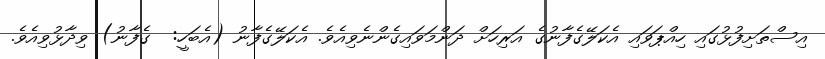
އިސްތަށިފުޅުގައި ހިއްޕަވައި އެކަލޭގެފާނުގެ އަރިހަށް ދަންމަވައިގެންނެވިއެވެ. އެކަލޭގެފާނު (އެބަހީ:  ގެފާނު) ވިދާޅުވިއެވެ.